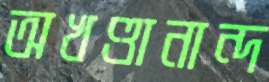
অখণ্ডানান্দ